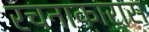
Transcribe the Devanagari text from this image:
रचनाकारास